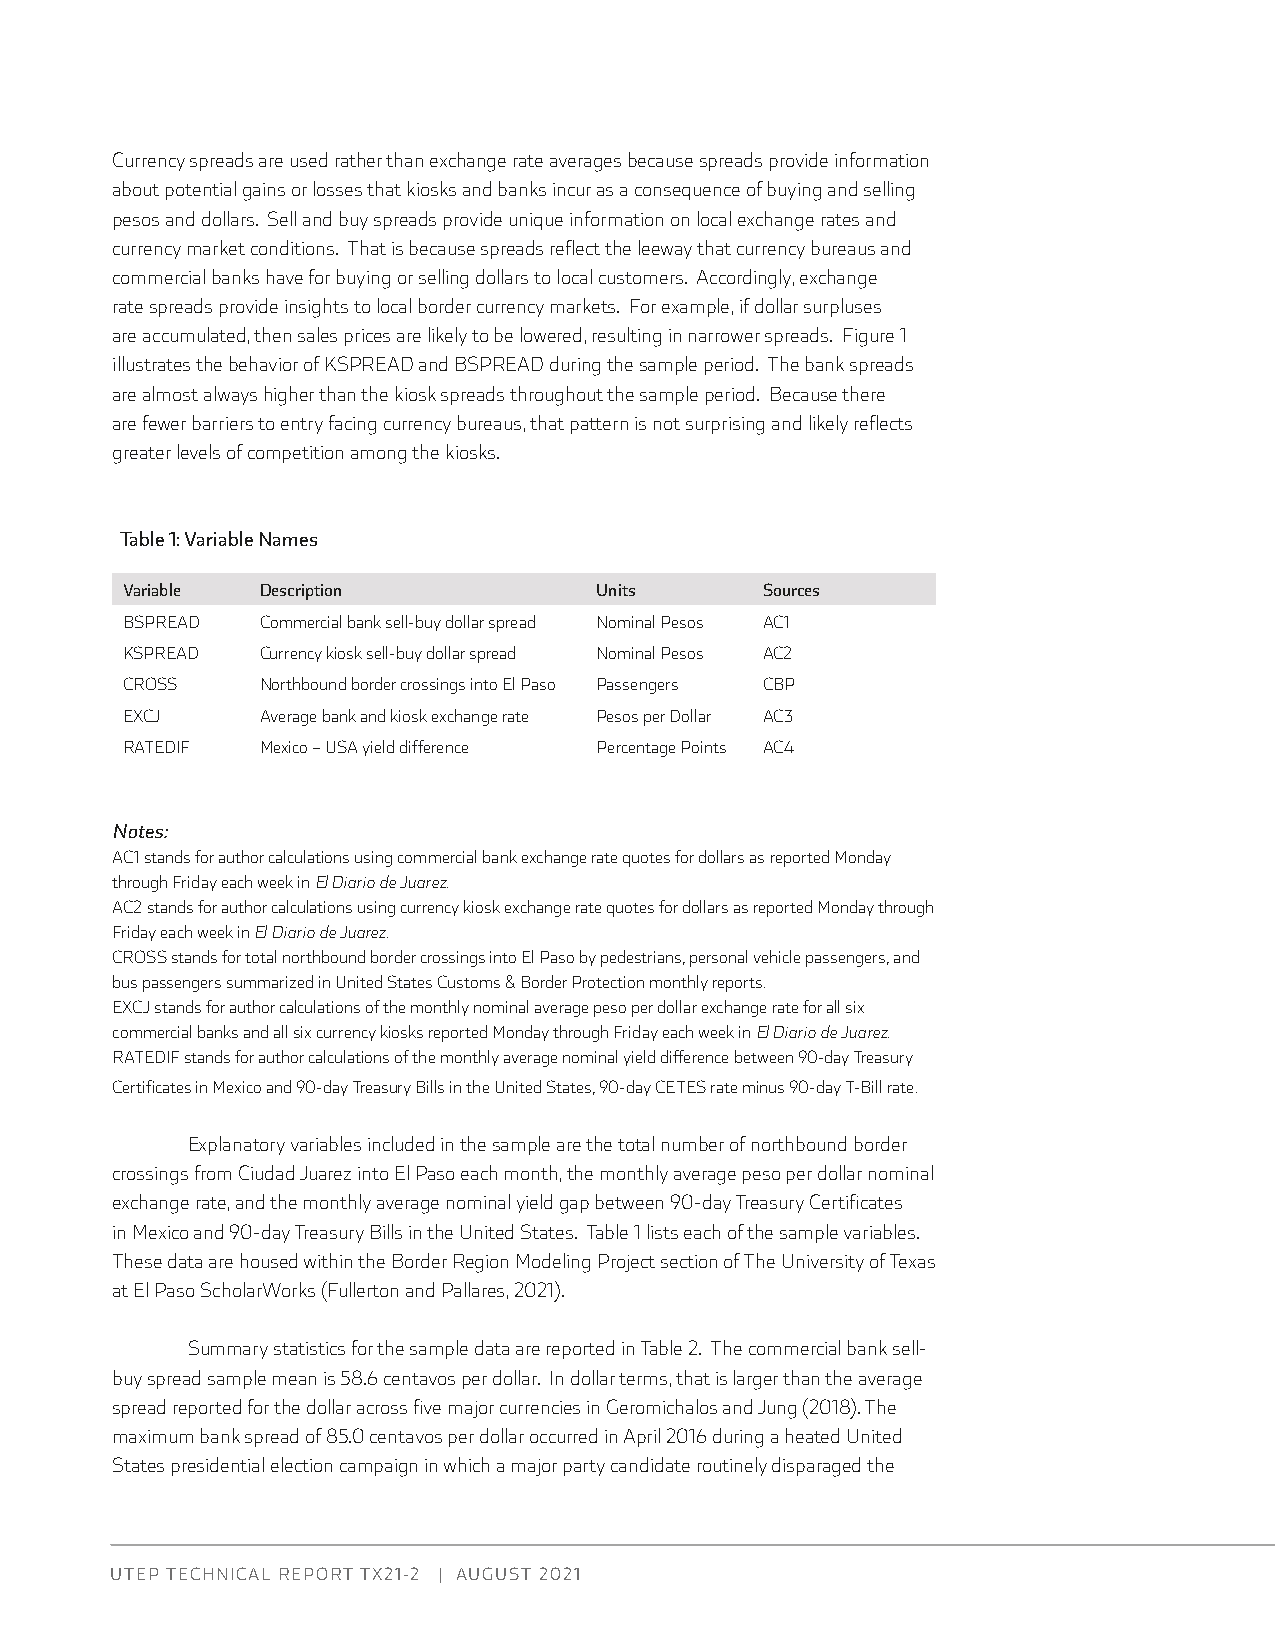
Currency spreads are used rather than exchange rate averages because spreads provide information
 about potential gains or losses that kiosks and banks incur as a consequence of buying and selling
 pesos and dollars. Sell and buy spreads provide unique information on local exchange rates and
 currency market conditions. That is because spreads reflect the leeway that currency bureaus and
 commercial banks have for buying or selling dollars to local customers. Accordingly, exchange
 rate spreads provide insights to local border currency markets. For example, if dollar surpluses
 are accumulated, then sales prices are likely to be lowered, resulting in narrower spreads. Figure 1
 illustrates the behavior of KSPREAD and BSPREAD during the sample period. The bank spreads
 are almost always higher than the kiosk spreads throughout the sample period. Because there
 are fewer barriers to entry facing currency bureaus, that pattern is not surprising and likely reflects
 greater levels of competition among the kiosks.
 Table 1: Variable Names
 Variable Description           Units      Sources
 BSPREAD  Commercial bank sell-buy dollar spread Nominal Pesos AC1
 KSPREAD  Currency kiosk sell-buy dollar spread Nominal Pesos AC2
 CROSS    Northbound border crossings into El Paso Passengers CBP
 EXCJ     Average bank and kiosk exchange rate Pesos per Dollar AC3
 RATEDIF  Mexico – USA yield difference Percentage Points AC4
 Notes:
 AC1 stands for author calculations using commercial bank exchange rate quotes for dollars as reported Monday
 through Friday each week in El Diario de Juarez.
 AC2 stands for author calculations using currency kiosk exchange rate quotes for dollars as reported Monday through
 Friday each week in El Diario de Juarez.
 CROSS stands for total northbound border crossings into El Paso by pedestrians, personal vehicle passengers, and
 bus passengers summarized in United States Customs & Border Protection monthly reports.
 EXCJ stands for author calculations of the monthly nominal average peso per dollar exchange rate for all six
 commercial banks and all six currency kiosks reported Monday through Friday each week in El Diario de Juarez.
 RATEDIF stands for author calculations of the monthly average nominal yield difference between 90-day Treasury
 Certificates in Mexico and 90-day Treasury Bills in the United States, 90-day CETES rate minus 90-day T-Bill rate.
 Explanatory variables included in the sample are the total number of northbound border
 crossings from Ciudad Juarez into El Paso each month, the monthly average peso per dollar nominal
 exchange rate, and the monthly average nominal yield gap between 90-day Treasury Certificates
 in Mexico and 90-day Treasury Bills in the United States. Table 1 lists each of the sample variables.
 These data are housed within the Border Region Modeling Project section of The University of Texas
 at El Paso ScholarWorks (Fullerton and Pallares, 2021).
 Summary statistics for the sample data are reported in Table 2. The commercial bank sell-
 buy spread sample mean is 58.6 centavos per dollar. In dollar terms, that is larger than the average
 spread reported for the dollar across five major currencies in Geromichalos and Jung (2018). The
 maximum bank spread of 85.0 centavos per dollar occurred in April 2016 during a heated United
 States presidential election campaign in which a major party candidate routinely disparaged the
 UTEP TECHNICAL REPORT TX21-2 | AUGUST 2021